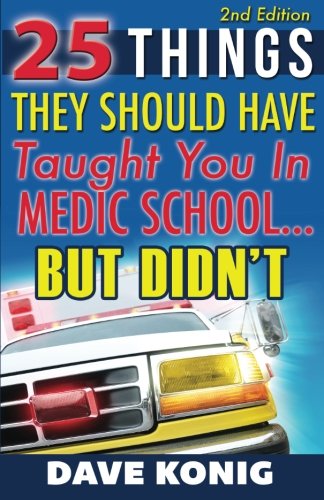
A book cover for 25 Things They Should Have Taught You In Medic School... But Didn't; Dave Konig; Medical Books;